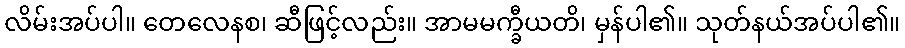
လိမ်းအပ်ပါ။ တေလေနစ၊ ဆီဖြင့်လည်း။ အာမမက္ခီယတိ၊ မှန်ပါ၏။ သုတ်နယ်အပ်ပါ၏။